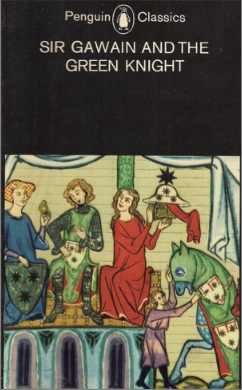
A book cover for Sir Gawain and the Green Knight; Unknown Author; Literature & Fiction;